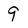
Character: 9